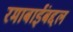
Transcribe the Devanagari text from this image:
रमाबाईंबद्दल